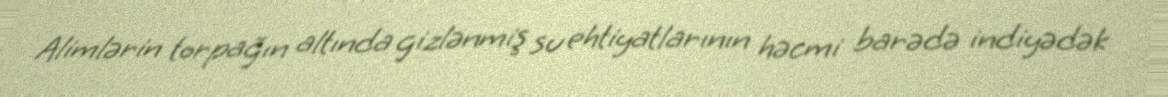
Alimlərin torpağın altında gizlənmiş su ehtiyatlarının həcmi barədə indiyədək